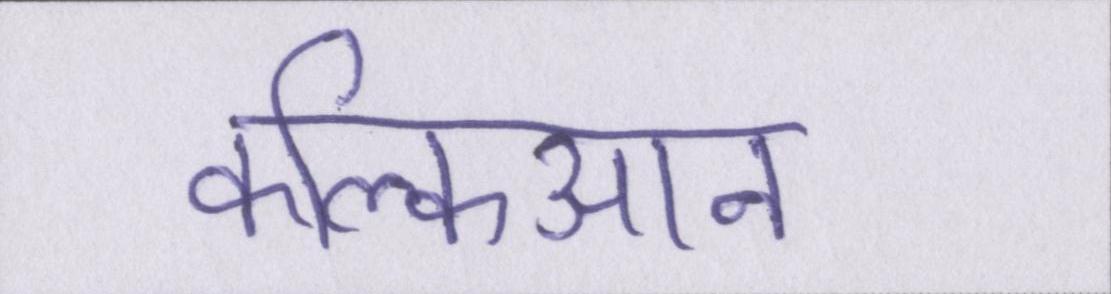
कल्किआन